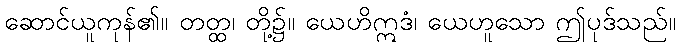
ဆောင်ယူကုန်၏။ တတ္ထ၊ တို့၌။ ယေဟိဣဒံ၊ ယေဟူသော ဤပုဒ်သည်။